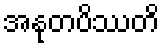
အနုတပိဿတိ